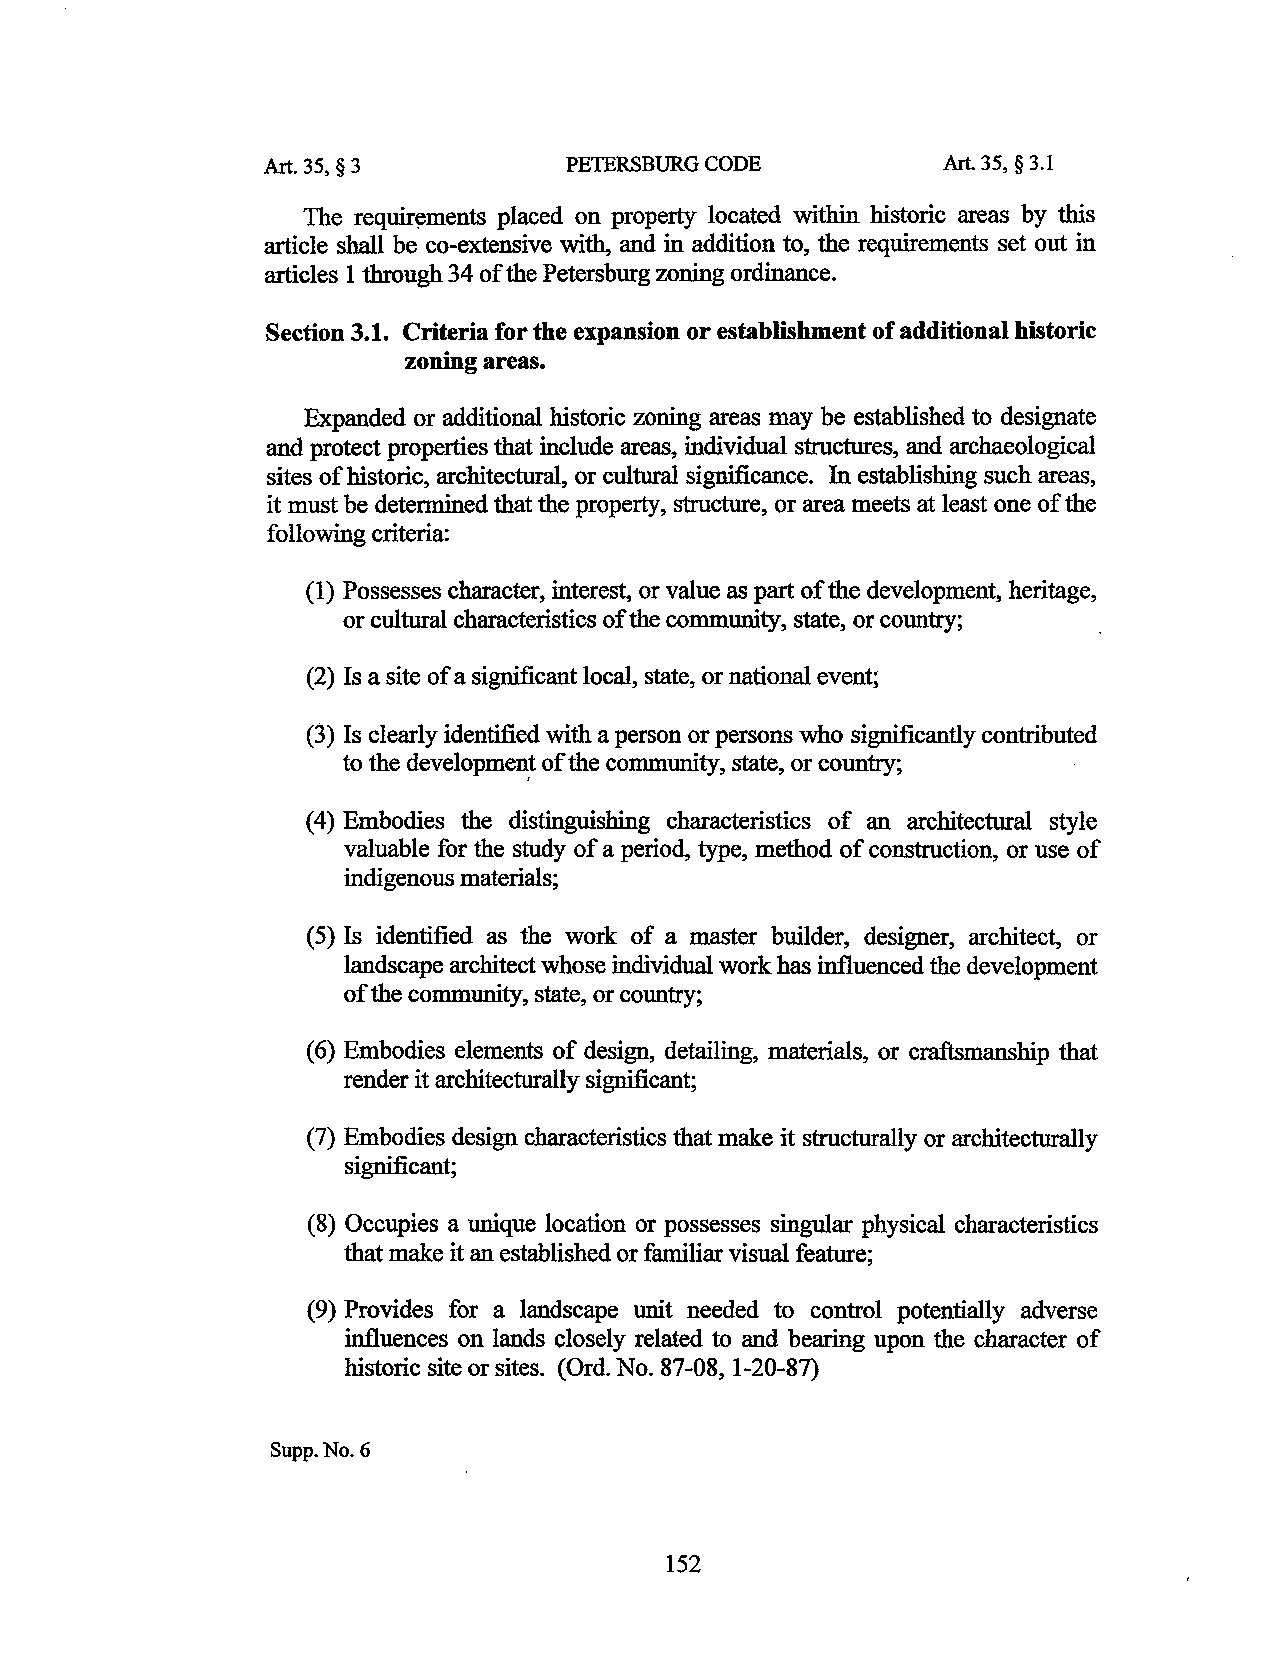
Art. 35, § 3        PETERSBURG CODE          Art. 35, § 3.1
 The requir~ments placed on property located within historic areas by this
 article shall be co-extensive with, and in addition to, the requirements set out in
 articles 1 through 34 of the Petersburg zoning ordinance.
 Section 3.1. Criteria for the expansion or establishment of additional historic
 zoning areas.
 Expanded or additional historic zoning areas may be established to designate
 and protect properties that include areas, individual structures, and archaeological
 sites of historic, architectural, or cultural significance. In establishing such areas,
 it must be determined that the property, structure, or area meets at least one of the
 following criteria:
 (1) Possesses character, interest, or value as part of the development, heritage,
 or cultural characteristics of the community, state, or country;
 (2) Is a site of a significant local, state, or national event;
 (3) Is clearly identified with a person or persons who significantly contributed
 to the developme~t of the community, state, or country;
 (4) Embodies the distinguishing characteristics of an architectural style
 valuable for the study of a period, type, method of construction, or use of
 indigenous materials;
 (5) Is identified as the work of a master builder, designer, architect, or
 landscape architect whose individual work has influenced the development
 of the community, state, or country;
 (6 ) Embodies elements of design, detailing, materials, or craftsmanship that
 render it architecturally significant;
 (7) Embodies design characteristics that make it structurally or architecturally
 significant;
 (8) Occupies a unique location or possesses singular physical characteristics
 that make it an established or familiar visual feature;
 (9) Provides for a landscape unit needed to control potentially adverse
 influences on lands closely related to and bearing upon the character of
 historic site or sites. (Ord. No. 87-08, 1-20-87)
 Supp. No.6
 152